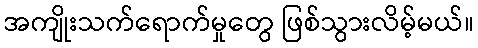
အကျိုးသက်ရောက်မှုတွေ ဖြစ်သွားလိမ့်မယ်။